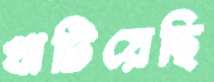
খাটিয়েছি